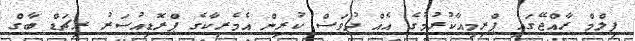
ފިލްމް ރާއްޖޭގައި ޕްރިމިއާކުރުމުގެ އެއް ދުވަސް ކުރިން އެމެރިކާގެ ޕްރޮޑިއުސަރު ރިޗަޑް ބާގް